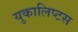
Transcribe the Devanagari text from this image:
युकालिप्टस